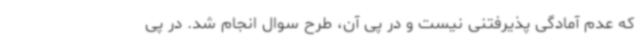
که عدم آمادگی پذیرفتنی نیست و در پی آن، طرح سوال انجام شد. در پی